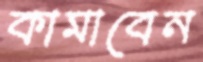
কামাবেন